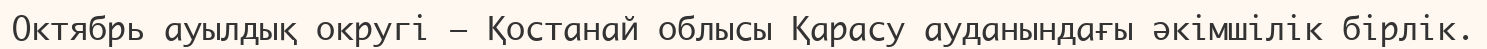
Октябрь ауылдық округі – Қостанай облысы Қарасу ауданындағы әкімшілік бірлік.